system: You are a helpful assistant.
user:
Analyze the provided spectrum to determine if it is a **M-type Giant (gM)**.

A M-type Giant spectrum is defined by its **strong molecular absorption** features, particularly from **Titanium Oxide (TiO)**. You must check for one of the following mutually exclusive signatures:

- **Key Visual Indicators (Absorption-Dominated Spectrum):**

    - **(Primary):** The spectrum is dominated by strong molecular absorption from **Titanium Oxide (TiO)**. This is the **defining feature** of its M-type temperature class.
        - **(Key Bandheads):** Look for sharp, "saw-tooth" absorption valleys. The strongest are located near **~7050 Å**, **~6160 Å**, and **~5170 Å**.
        - **(Line Profile):** The "saw-tooth" morphology is critical: a **sharp, steep drop on the BLUE (short-wavelength) side** of the bandhead, followed by a gradual recovery (rising flux) towards the RED (long-wavelength) side.

    - **(Key Confirmation - Giant vs. Dwarf):** **ABSENCE** of strong **Calcium Hydride (CaH)** molecular bands. This is the primary diagnostic for *excluding* M-dwarfs.
        - **(Key Region):** The spectrum should lack the strong, broad absorption band seen in dwarfs between **~6800 Å and ~7000 Å**.

    - **(Secondary Confirmation - Giant):** A very strong and broad **Neutral Calcium (Ca I)** atomic absorption line.
        - **(Key Line):** Located at **~4226 Å**. In a giant (gM), this line is significantly deeper and broader than the same line in an M-dwarf (dM) due to low surface gravity.

    - **(Overall Spectrum):**
        - The continuum is **extremely red-sloping** (i.e., flux is very low in the blue and rises dramatically towards the red).
        - The entire spectrum appears "chopped up" by the deep TiO bands.

Think first, call **spectral_visualization_tool** if needed to examine features in detail, then provide your final answer. Your response must adhere to the following strict rules:
1.  **Overall Structure:** Your response must follow the format `<think>...</think> <tool_call>...</tool_call> (if a tool is used) <answer>...</answer>`.
2.  **Tool Usage Constraint:** You may only make **one** tool call per turn.
3.  **Final Answer Format:** In the `<answer>` tag, your conclusion must be inside a `\boxed{}` command (e.g., `\boxed{YES}` or `\boxed{NO}`), followed by your justification.

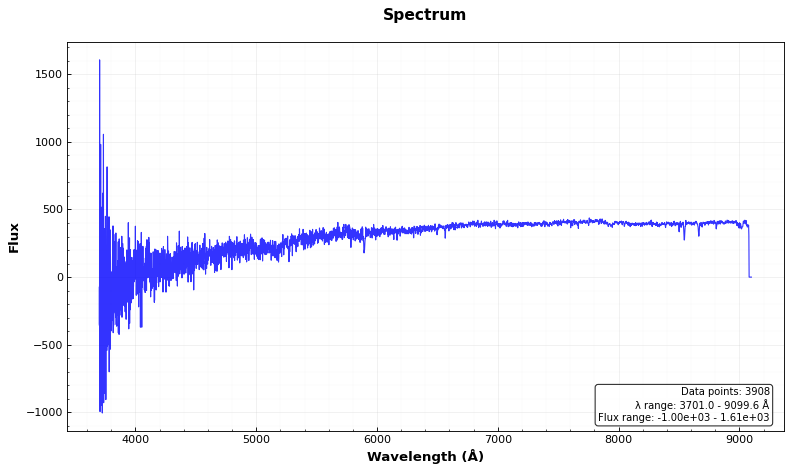
Answer: NO